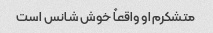
متشکرم او واقعاً خوش شانس است